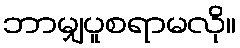
ဘာမျှပူစရာမလို။